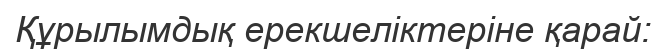
Құрылымдық ерекшеліктеріне қарай: